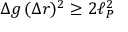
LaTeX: \Delta g \, ( \Delta r ) ^ { 2 } \geq 2 \ell _ { P } ^ { 2 }